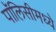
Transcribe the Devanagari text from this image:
पॉलिसीमध्ये